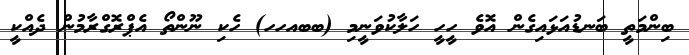
ބިންމަތީ ބަނޑުއަޅައިގެން އޮވެ ހީހީ ހަލާކުވަނީމި (ބބއހހ) ހެކި ނޫންތޯ އެޕްރޮގްރާމުން ދެއްކީ